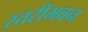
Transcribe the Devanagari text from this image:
स्तरीभवन